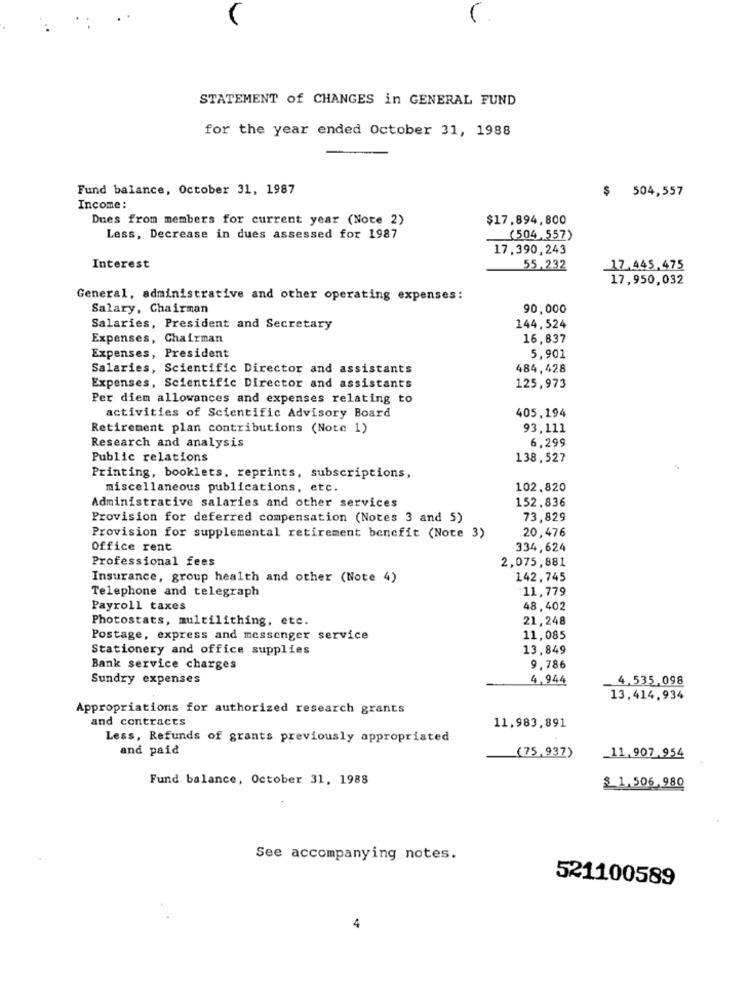
STATEMENT of CHANGES in GENERAL FUND
for the year ended October 31, 1988
Fund balance, October 31, 1987
$ 504,557
Income :
Dues from members for current year (Note 2)
$17.894,800
Less, Decrease in dues assessed for 1987
(504.557)
17,390,243
Interest
55,232
17.445.475
17,950,032
General, administrative and other operating expenses:
Salary, Chairman
90,000
Salaries, President and Secretary
144,524
Expenses, Chairman
16,837
Expenses, President
5,901
Salaries, Scientific Director and assistants
484,428
Expenses, Scientific Director and assistants
125,973
Per diem allowances and expenses relating to
activities of Scientific Advisory Board
405,194
Retirement plan contributions (Note 1)
93,111
6,299
Research and analysis
Public relations
138,527
Printing, booklets, reprints, subscriptions,
miscellaneous publications, etc.
102,820
152,836
Administrative salaries and other services
Provision for deferred compensation (Notes 3 and 5)
73,829
20,476
Provision for supplemental retirement benefit (Note 3)
Office rent
334,624
Professional fees
2,075,881
Insurance, group health and other (Note 4)
142,745
11,779
Telephone and telegraph
Payroll taxes
48,402
Photostats, multilithing, etc.
21,248
Postage, express and messenger service
11,085
Stationery and office supplies
13.849
Bank service charges
9,786
Sundry expenses
4,944
4.535,098
13.414,934
Appropriations for authorized research grants
and contracts
11,983,891
Less, Refunds of grants previously appropriated
and paid
(75,937)
11.907.954
Fund balance, October 31, 1988
$ 1.506.980
See accompanying notes.
521100589
4